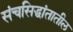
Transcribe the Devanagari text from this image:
संचसिद्धांतातील